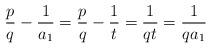
LaTeX: \begin{align*}\frac{p}{q} - \frac{1}{a_1} = \frac{p}{q} - \frac{1}{t} = \frac{1}{qt} = \frac{1}{qa_1} \end{align*}